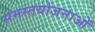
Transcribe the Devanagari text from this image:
समस्तयोजनाओं